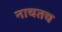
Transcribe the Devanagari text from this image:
नाचतच